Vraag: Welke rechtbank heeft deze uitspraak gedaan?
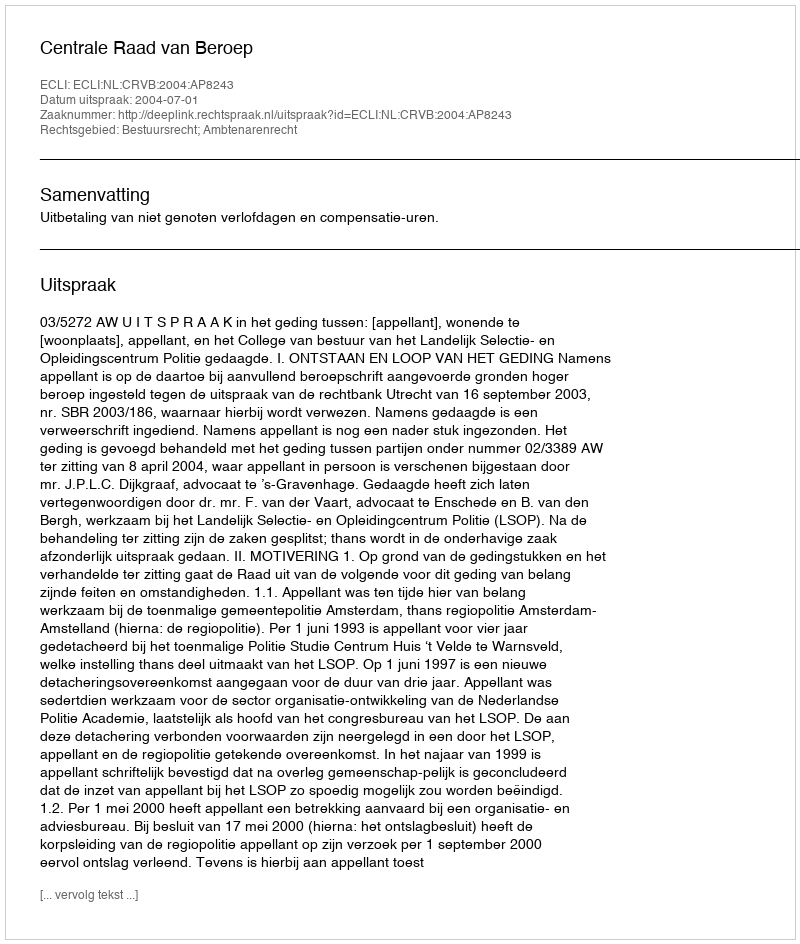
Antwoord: Centrale Raad van Beroep